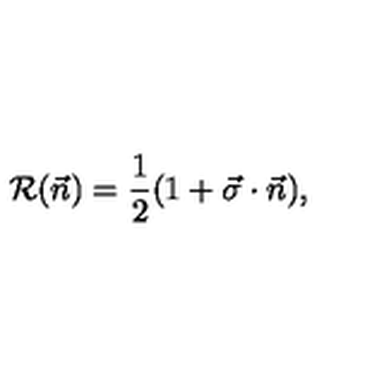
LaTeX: { \cal R } ( \vec { n } ) = { \frac { 1 } { 2 } } ( 1 + \vec { \sigma } \cdot \vec { n } ) ,